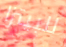
للبيتزا